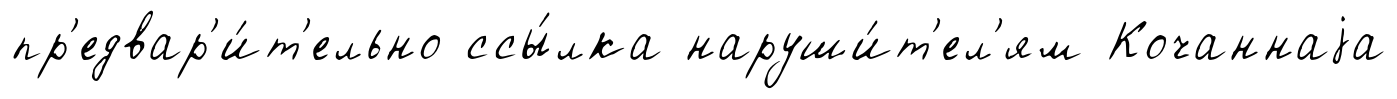
пр'едвар'и́т'ельно ссы́лка наруши́т'ел'ям Кочаннаjа